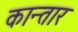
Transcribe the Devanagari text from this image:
कान्तार